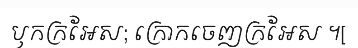
ឫកក្រអែស; ក្រោកចេញក្រអែស ។[